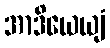
အာဒိယေယျံ